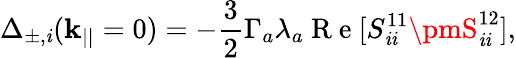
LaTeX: \Delta_{\pm,\mathit{i}}(\mathbf{{k}}_{||}=0)=-\frac{{3}}{{2}}\Gamma_{a}\lambda_{a}\mathrm{{~R~e~}}[S_{\mathit{i}\mathit{i}}^{11}\pmS_{\mathit{i}\mathit{i}}^{12}],